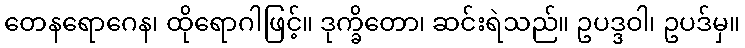
တေနရောဂေန၊ ထိုရောဂါဖြင့်။ ဒုက္ခိတော၊ ဆင်းရဲသည်။ ဥပဒ္ဒဝါ၊ ဥပဒ်မှ။